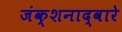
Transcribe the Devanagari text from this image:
जंक्शनाद्वारे